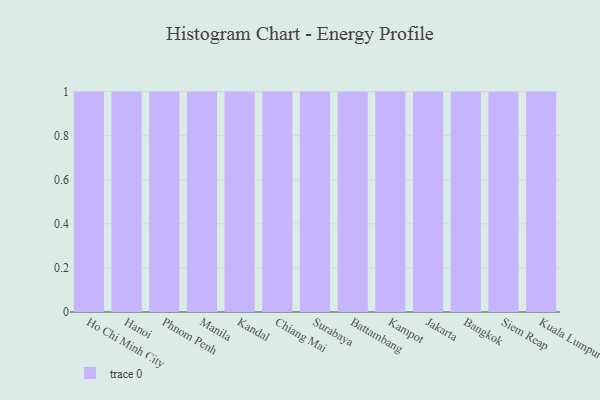
{"axis": {"x": "City", "y": "Energy Usage (MWh)"}, "legend": [""], "data": [{"x": "Ho Chi Minh City", "y": 79, "type": ""}, {"x": "Hanoi", "y": 41, "type": ""}, {"x": "Phnom Penh", "y": 77, "type": ""}, {"x": "Manila", "y": 7, "type": ""}, {"x": "Kandal", "y": 96, "type": ""}, {"x": "Chiang Mai", "y": 98, "type": ""}, {"x": "Surabaya", "y": 15, "type": ""}, {"x": "Battambang", "y": 82, "type": ""}, {"x": "Kampot", "y": 47, "type": ""}, {"x": "Jakarta", "y": 73, "type": ""}, {"x": "Bangkok", "y": 70, "type": ""}, {"x": "Siem Reap", "y": 54, "type": ""}, {"x": "Kuala Lumpur", "y": 95, "type": ""}]}